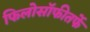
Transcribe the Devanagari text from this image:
फिलोसॉफीतर्फे